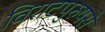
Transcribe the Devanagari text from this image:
विराटपुरुषसे